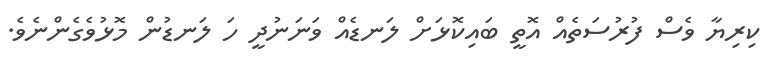
ކިރިޔާ ވެސް ފުރުސަތެއް އޮތީ ބައިކޮޅަށް ލަނޑެއް ވަނަނުދީ ހަ ލަނޑުން މޮޅުވެގެންނެވެ.